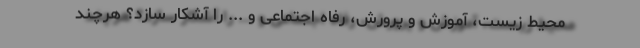
محیط زیست، آموزش و پرورش، رفاه اجتماعی و ... را آشکار سازد؟ هرچند